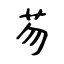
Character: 芴